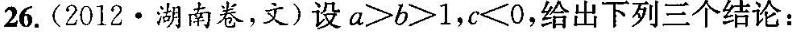
26. (2012 · 湖南卷，文) 设$$a > b > 1$$，$$c < 0$$，给出下列三个结论：